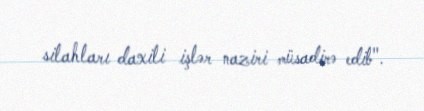
silahları daxili işlər naziri müsadirə edib".